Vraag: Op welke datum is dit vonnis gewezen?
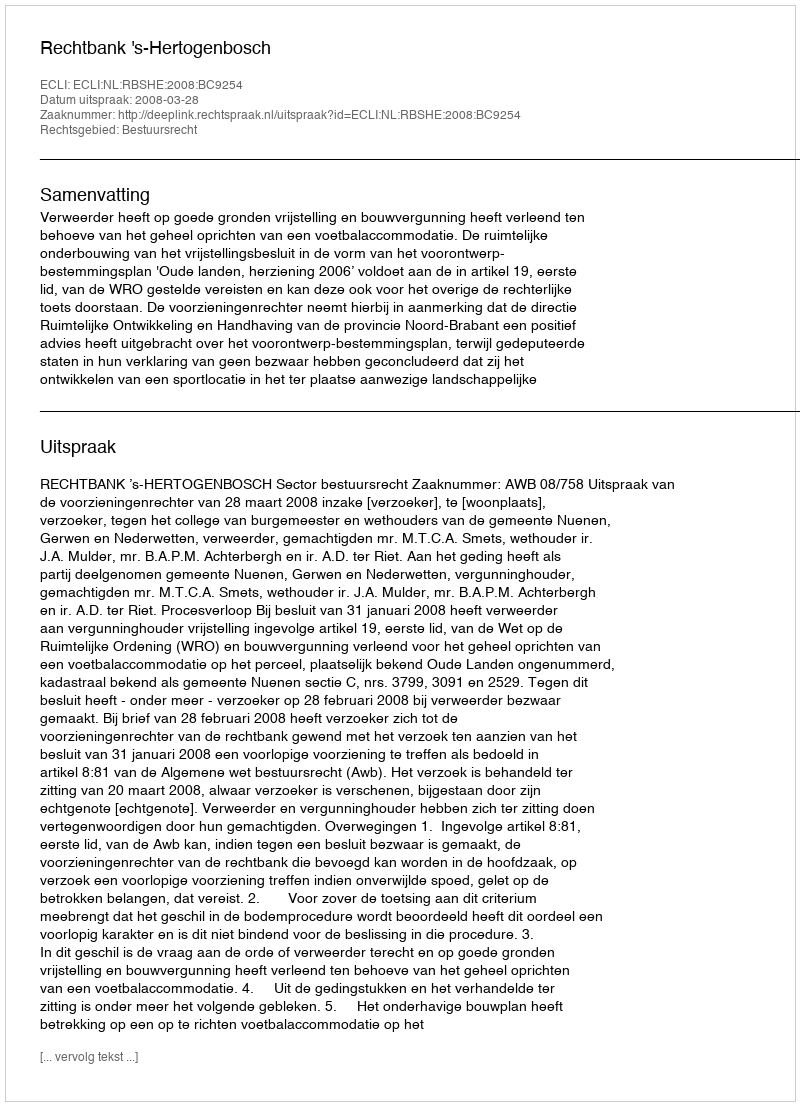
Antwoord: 2008-03-28